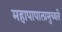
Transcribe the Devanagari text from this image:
महापापात्प्रमुच्यते